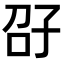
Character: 𫲤